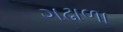
ગઢાળા